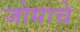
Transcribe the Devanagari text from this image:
जोमाचे